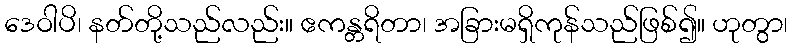
ဒေဝါပိ၊ နတ်တို့သည်လည်း။ ဧကန္တရိတာ၊ အခြားမရှိကုန်သည်ဖြစ်၍။ ဟုတွာ၊